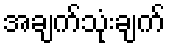
အချက်သုံးချက်